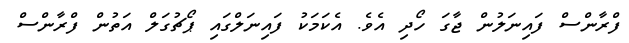
ފްރާންސް ފައިނަލުން ޖާގަ ހޯދި އެވެ. އެކަމަކު ފައިނަލްގައި ޕޯޗުގަލް އަތުން ފްރާންސް